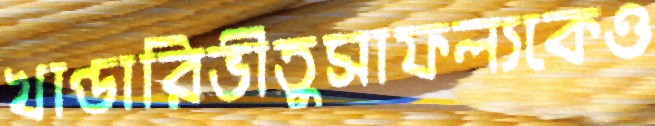
খাণ্ডারিভীতুসাফল্যকেও